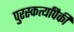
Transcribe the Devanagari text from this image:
पुरस्कर्त्यांपैकी